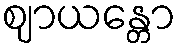
ဈာယန္တော